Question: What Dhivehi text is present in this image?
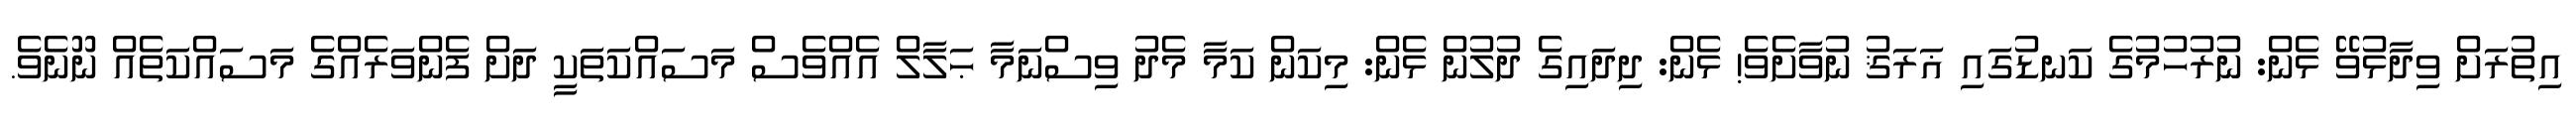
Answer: އިތުރަށް ވިދާޅުވޭ ޅެން: ނުރުހުމުގެ ކަނޑުގައި ޣަރަޤު ނުވާށެވެ! ޅެން: ދިދައިގެ ދުލުން ޅެން: މިކަން ކަމާ މެދު ވިސްނަމާ ޙަލާލް އެއްވެސް މަސައްކަތަކީ ދަށް ފެންވަރެއްގެ މަސައްކަތެއް ނޫނެވެ.